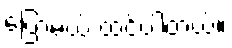
ပြောမယ် ထင်ပါတယ်။